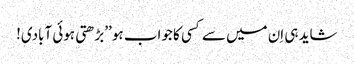
شاید ہی اِن میں سے کسی کا جواب ہو ’’بڑھتی ہوئی آبادی!